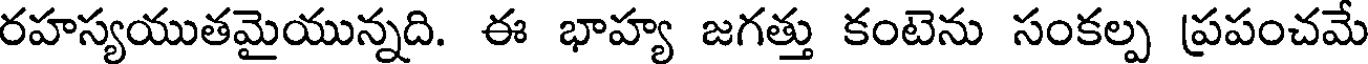
రహస్యయుతమైయున్నది. ఈ భాహ్య జగత్తు కంటెను సంకల్ప ప్రపంచమే